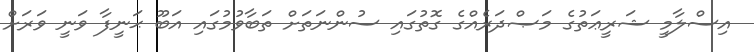
އިސްލާމީ ޝަރީޢަތުގެ މަޞްދަރެއްގެ ގޮތުގައި ސުންނަތަށް ތަބާވުމުގައި އަބޫ ޙަނީފާ ވަނީ ވަރަށް